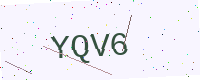
Text: YQV6